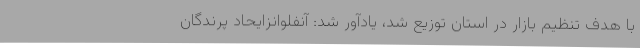
با هدف تنظیم بازار در استان توزیع شد، یادآور شد: آنفلوانزایحاد پرندگان